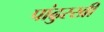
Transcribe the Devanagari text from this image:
पांढुरखी